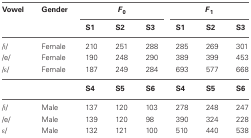
| Vowel | Gender | <COLSPAN=3> F0 | <COLSPAN=3> F1 |
 |  |  | S1 | S2 | S3 | S1 | S2 | S3 |
 | --- | --- | --- | --- | --- | --- | --- | --- |
 | /i/ | Female | 210 | 251 | 288 | 285 | 269 | 301 |
 | /e/ | Female | 190 | 248 | 290 | 389 | 399 | 453 |
 | /ε/ | Female | 187 | 249 | 284 | 693 | 577 | 668 |
 |  |  | S4 | S5 | S6 | S4 | S5 | S6 |
 | /i/ | Male | 137 | 120 | 103 | 278 | 248 | 247 |
 | /e/ | Male | 139 | 120 | 98 | 390 | 324 | 228 |
 | ε/ | Male | 132 | 121 | 100 | 510 | 440 | 538 |